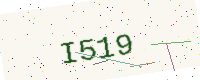
Text: I519